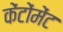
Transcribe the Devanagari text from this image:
केंटोंमेंट